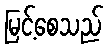
မြင့်စေသည်